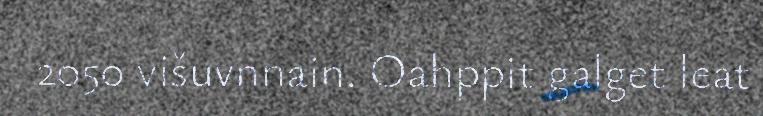
2050 višuvnnain. Oahppit galget leat